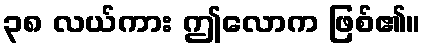
၃၈ လယ်ကား ဤလောက ဖြစ်၏။